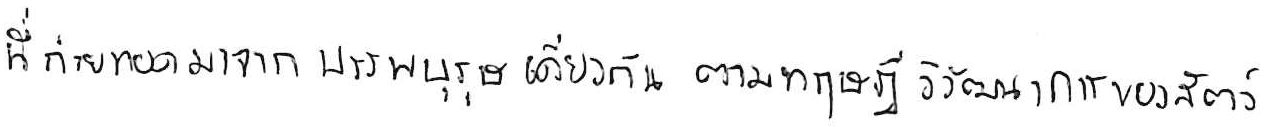
ที่ถ่ายทอดมาจากบรรพบุรุษเดียวกัน ตามทฤษฎีวิวัฒนาการของสัตว์